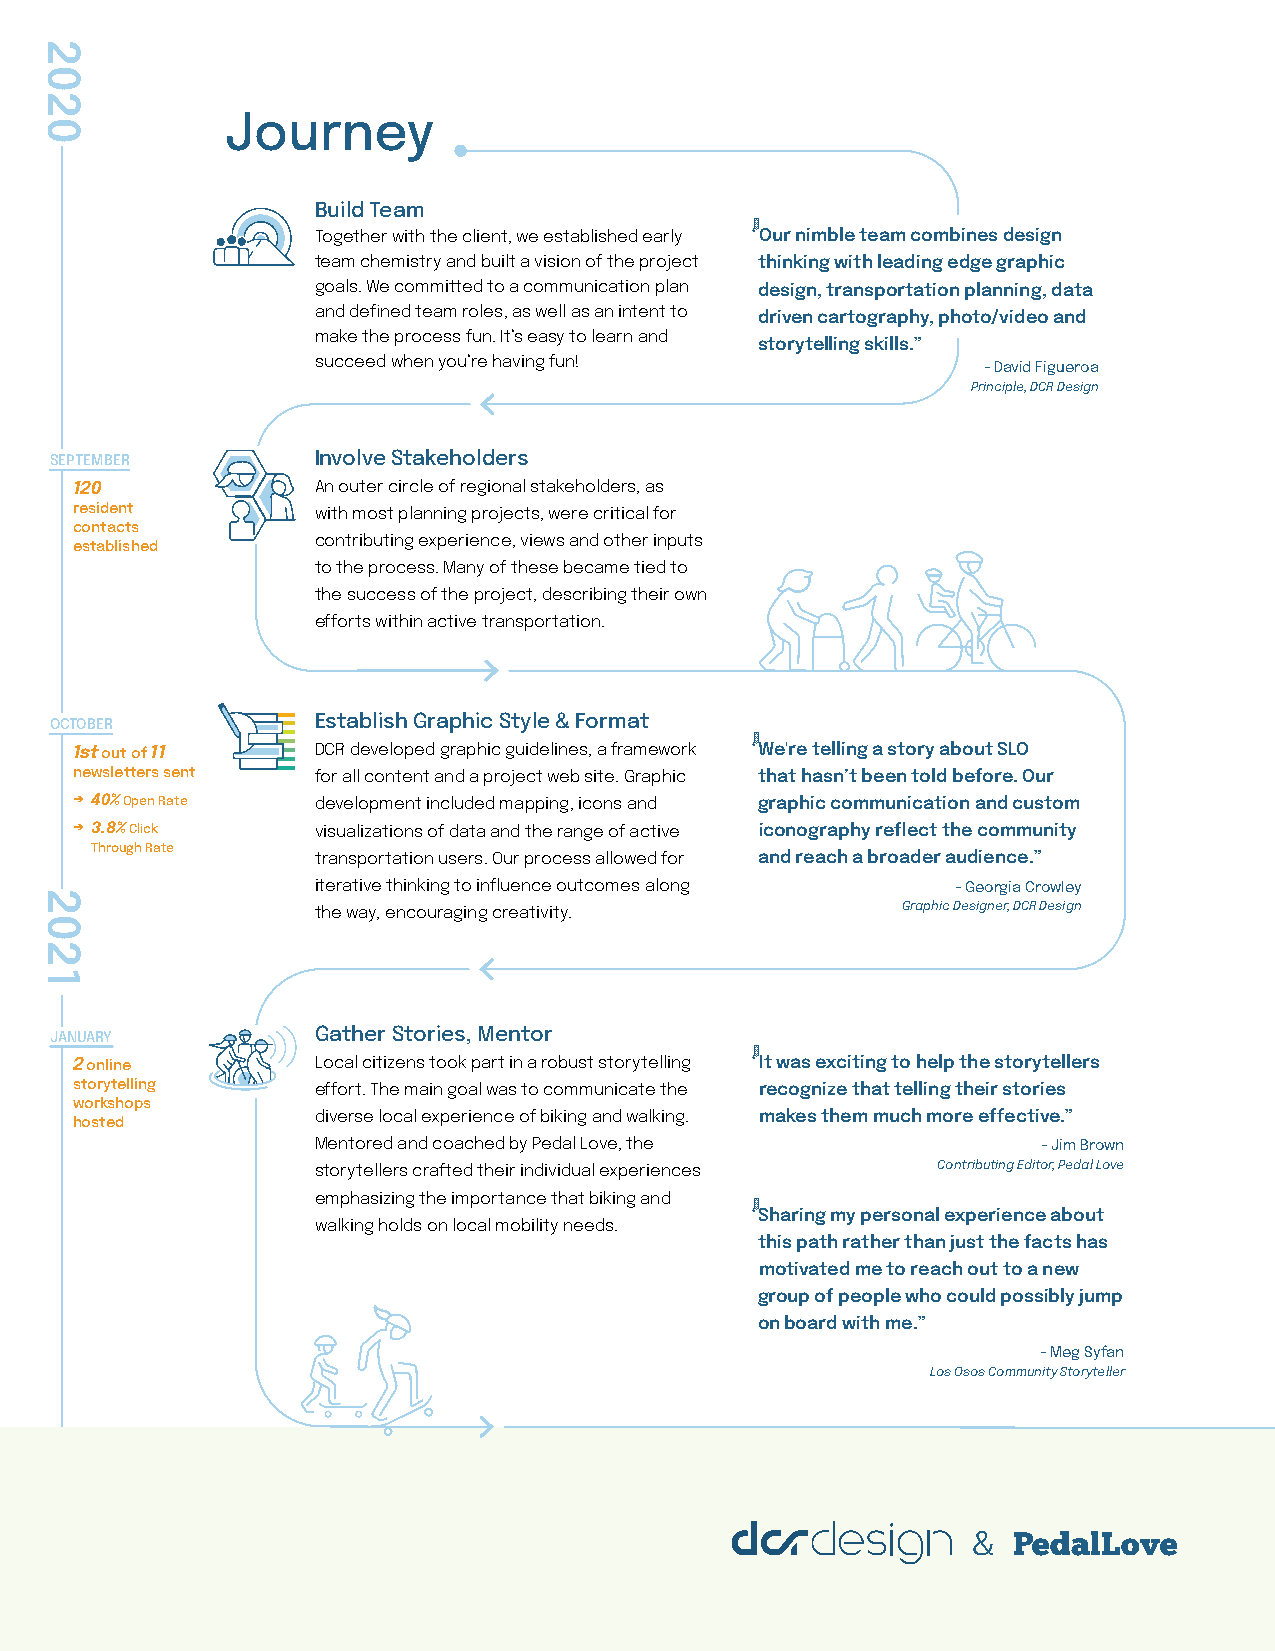
Journey
 Build Team
 Together with the client, we established early “Our nimble team combines design
 team chemistry and built a vision of the project thinking with leading edge graphic
 goals. We committed to a communication plan design, transportation planning, data
 and defined team roles, as well as an intent to driven cartography, photo/video and
 make the process fun. It’s easy to learn and
 storytelling skills.”
 succeed when you’re having fun!
 - David Figueroa
 Principle, DCR Design
 SEPTEMBER         Involve Stakeholders
 120             An outer circle of regional stakeholders, as
 resident        with most planning projects, were critical for
 contacts
 established     contributing experience, views and other inputs
 to the process. Many of these became tied to
 the success of the project, describing their own
 efforts within active transportation.
 OCTOBER           Establish Graphic Style & Format
 1st out of 11   DCR developed graphic guidelines, a framework “We're telling a story about SLO
 newsletters sent for all content and a project web site. Graphic that hasn’t been told before. Our
 → 40% Open Rate development included mapping, icons and graphic communication and custom
 → 3.8% Click    visualizations of data and the range of active iconography reflect the community
 Through Rate
 transportation users. Our process allowed for and reach a broader audience.”
 iterative thinking to influence outcomes along - Georgia Crowley
 the way, encouraging creativity.       Graphic Designer, DCR Design
 JANUARY           Gather Stories, Mentor
 2 online        Local citizens took part in a robust storytelling “It was exciting to help the storytellers
 storytelling    effort. The main goal was to communicate the recognize that telling their stories
 workshops
 hosted          diverse local experience of biking and walking. makes them much more effective.”
 Mentored and coached by Pedal Love, the         - Jim Brown
 storytellers crafted their individual experiences Contributing Editor, Pedal Love
 emphasizing the importance that biking and
 “Sharing my personal experience about
 walking holds on local mobility needs.
 this path rather than just the facts has
 motivated me to reach out to a new
 group of people who could possibly jump
 on board with me.”
 - Meg Syfan
 Los Osos Community Storyteller
 &  PedalLove
 2020
 2021